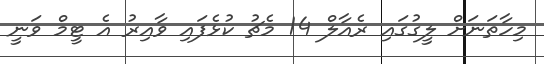
މިހާތަނަށް ލީގުގައި ރެއާލް 14 މެޗު ކުޅެފައި ވާއިރު އެ ޓީމް ވަނީ